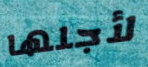
لأجلها